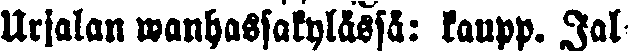
Urjalan wanhassakylässä: kaupp. jal-